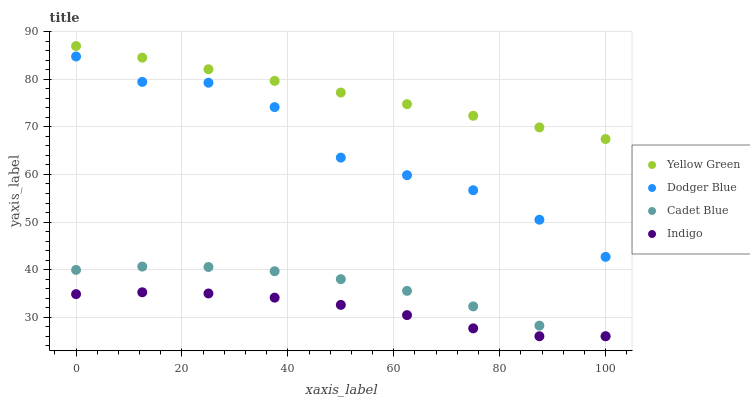
| xaxis_label | Yellow Green | Dodger Blue | Cadet Blue | Indigo |
 | --- | --- | --- | --- | --- |
 | 0 | 87 | 84.8 | 39.9 | 34.9 |
 | 12.5 | 84.6 | 79.5 | 40.6 | 35.2 |
 | 25 | 82.1 | 79.3 | 40.6 | 35 |
 | 37.5 | 79.7 | 74.2 | 39.7 | 34.1 |
 | 50 | 77.2 | 63.5 | 38 | 32.6 |
 | 62.5 | 74.8 | 59.9 | 35.5 | 30.4 |
 | 75 | 72.3 | 56.7 | 32.3 | 27.7 |
 | 87.5 | 69.9 | 50.5 | 28.2 | 26 |
 | 100 | 67.4 | 42.7 | 26 | 26 |